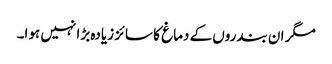
مگر ان بندروں کے دماغ کا سائز زیادہ بڑا نہیں ہوا۔